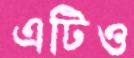
এটিও